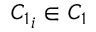
{ C _ { 1 } } _ { i } \in C _ { 1 }